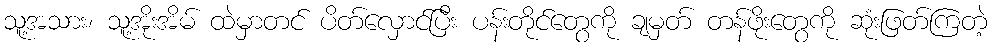
သူ့အသား၊ သူ့အိုးအိမ် ထဲမှာတင် ပိတ်လှောင်ပြီး ပန်းတိုင်တွေကို ချမှတ် တန်ဖိုးတွေကို ဆုံးဖြတ်ကြတဲ့